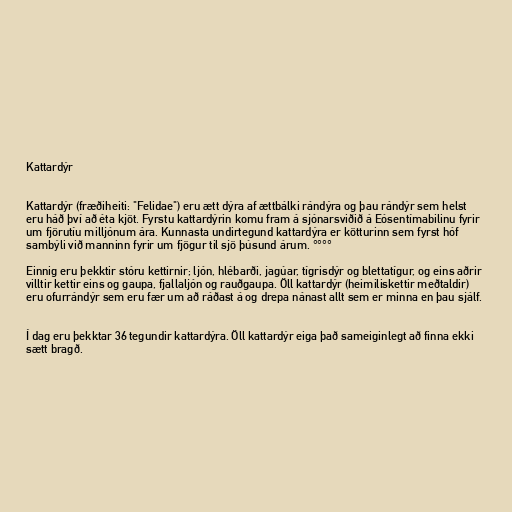
Kattardýr

Kattardýr (fræðiheiti: "Felidae") eru ætt dýra af ættbálki rándýra og þau rándýr sem helst
eru háð því að éta kjöt. Fyrstu kattardýrin komu fram á sjónarsviðið á Eósentímabilinu fyrir
um fjörutíu milljónum ára. Kunnasta undirtegund kattardýra er kötturinn sem fyrst hóf
sambýli við manninn fyrir um fjögur til sjö þúsund árum. °°°°

Einnig eru þekktir stóru kettirnir; ljón, hlébarði, jagúar, tígrisdýr og blettatígur, og eins aðrir
villtir kettir eins og gaupa, fjallaljón og rauðgaupa. Öll kattardýr (heimiliskettir meðtaldir)
eru ofurrándýr sem eru fær um að ráðast á og drepa nánast allt sem er minna en þau sjálf.

Í dag eru þekktar 36 tegundir kattardýra. Öll kattardýr eiga það sameiginlegt að finna ekki
sætt bragð.